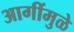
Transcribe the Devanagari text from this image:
आगींमुळे